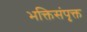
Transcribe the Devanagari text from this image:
भक्तिसंपृक्त